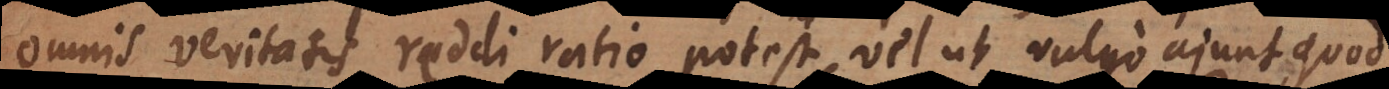
omnis veritatis reddi ratio potest, vel ut vulgo ajunt, quod